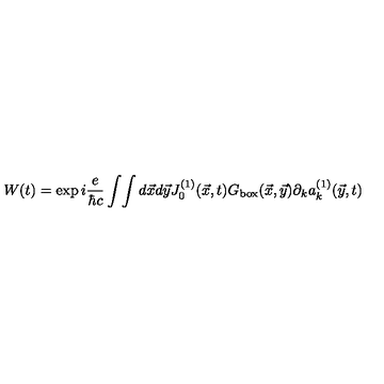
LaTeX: W ( t ) = \exp i { \frac { e } { \hbar c } } \int \! \int d \vec { x } d \vec { y } J _ { 0 } ^ { ( 1 ) } ( \vec { x } , t ) G _ { \mathrm { b o x } } ( \vec { x } , \vec { y } ) \partial _ { k } a _ { k } ^ { ( 1 ) } ( \vec { y } , t )